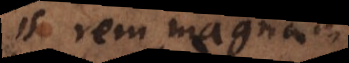
is rem magnam